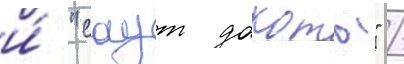
и́ "саут дакоты" /